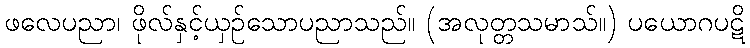
ဖလေပညာ၊ ဖိုလ်နှင့်ယှဉ်သောပညာသည်။ (အလုတ္တသမာသ်။) ပယောဂပဋိ